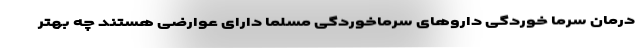
درمان سرما خوردگی داروهای سرماخوردگی مسلما دارای عوارضی هستند چه بهتر